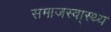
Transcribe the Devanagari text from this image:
समाजस्वा्स्थ्य